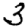
Digit: 3